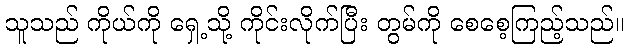
သူသည် ကိုယ်ကို ရှေ့သို့ ကိုင်းလိုက်ပြီး တွမ်ကို စေစေ့ကြည့်သည်။